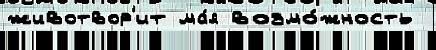
животвор'ит ма́я возмо́жность